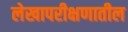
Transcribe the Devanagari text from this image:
लेखापरीक्षणातील